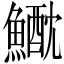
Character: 𩻕